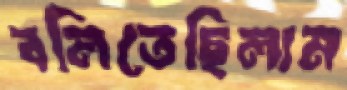
বলিতেছিলাম